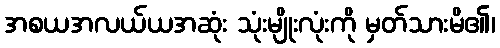
အစယအလယ်ယအဆုံး သုံးမျိုးလုံးကို မှတ်သားမိ၏၊